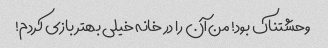
وحشتناک بود! من آن را در خانه خیلی بهتر بازی کردم!